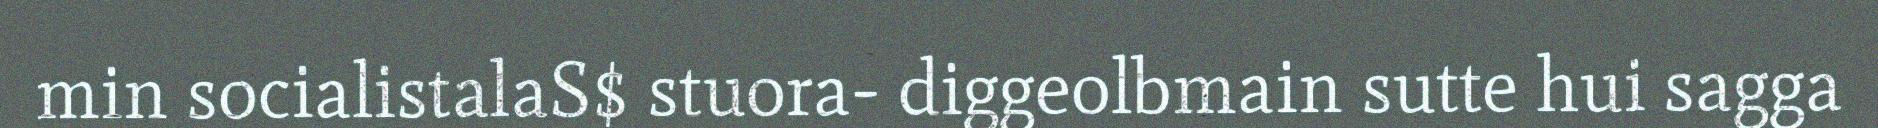
min socialistalaS$ stuora- diggeolbmain sutte hui sagga